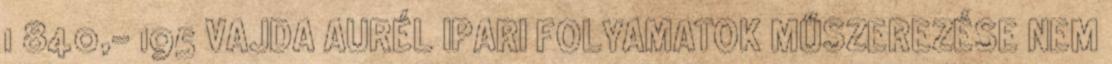
1 840,- 195 VAJDA AURÉL IPARI FOLYAMATOK MŰSZEREZÉSE NEM